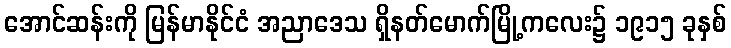
အောင်ဆန်းကို မြန်မာနိုင်ငံ အညာဒေသ ရှိနတ်မောက်မြို့ကလေး၌ ၁၉၁၅ ခုနှစ်